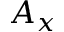
A _ { x }